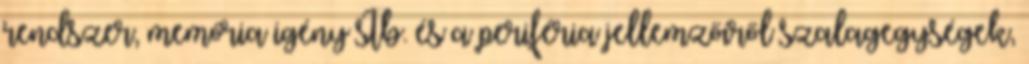
rendszer, memória igény stb. és a periféria jellemzőiről szalagegységek,